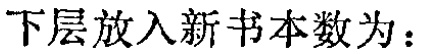
下层放入新书本数为：